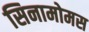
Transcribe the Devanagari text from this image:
सिनामोमस